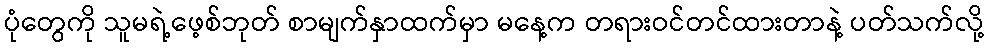
ပုံတွေကို သူမရဲ့ဖေ့စ်ဘုတ် စာမျက်နှာထက်မှာ မနေ့က တရားဝင်တင်ထားတာနဲ့ ပတ်သက်လို့